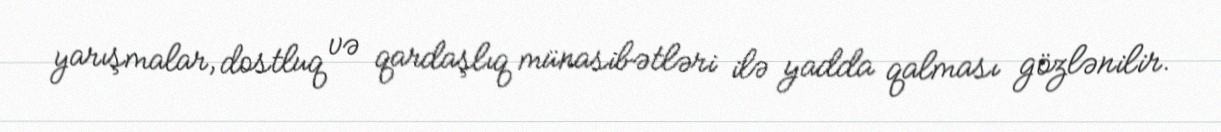
yarışmalar, dostluq və qardaşlıq münasibətləri ilə yadda qalması gözlənilir.